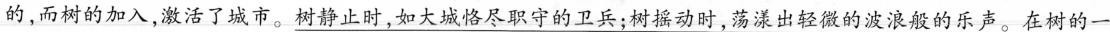
的，而树的加入，激活了城市。树静止时，如大城恪尽职守的卫兵；树摇动时，荡漾出轻微的波浪般的乐声。在树的一